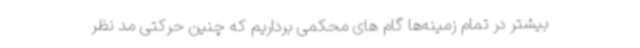
بیشتر در تمام زمینه‌ها گام های محکمی برداریم که چنین حرکتی مد نظر